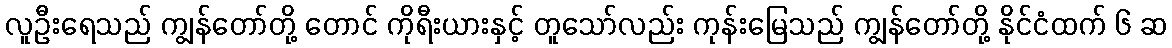
လူဦးရေသည် ကျွန်တော်တို့ တောင် ကိုရီးယားနှင့် တူသော်လည်း ကုန်းမြေသည် ကျွန်တော်တို့ နိုင်ငံထက် ၆ ဆ